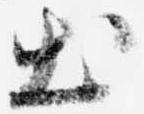
出